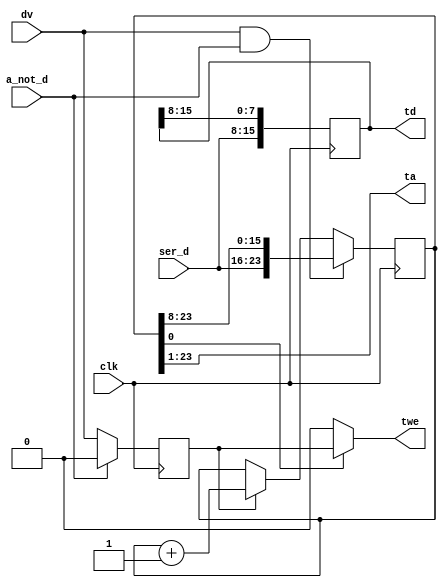
/*!
 * <b>Module:</b>table_ad_receive
 * @file table_ad_receive.v
 * @date 2015-06-18  
 * @author Andrey Filippov     
 *
 * @brief Receive tabble address/data sent by table_ad_transmit
 *
 * @copyright Copyright (c) 2015 Elphel, Inc.
 *
 * <b>License:</b>
 *
 * table_ad_receive.v is free software; you can redistribute it and/or modify
 * it under the terms of the GNU General Public License as published by
 * the Free Software Foundation, either version 3 of the License, or
 * (at your option) any later version.
 *
 *  table_ad_receive.v is distributed in the hope that it will be useful,
 * but WITHOUT ANY WARRANTY; without even the implied warranty of
 * MERCHANTABILITY or FITNESS FOR A PARTICULAR PURPOSE.  See the
 * GNU General Public License for more details.
 *
 * You should have received a copy of the GNU General Public License
 * along with this program.  If not, see <http://www.gnu.org/licenses/> .
 *
 * Additional permission under GNU GPL version 3 section 7:
 * If you modify this Program, or any covered work, by linking or combining it
 * with independent modules provided by the FPGA vendor only (this permission
 * does not extend to any 3-rd party modules, "soft cores" or macros) under
 * different license terms solely for the purpose of generating binary "bitstream"
 * files and/or simulating the code, the copyright holders of this Program give
 * you the right to distribute the covered work without those independent modules
 * as long as the source code for them is available from the FPGA vendor free of
 * charge, and there is no dependence on any encrypted modules for simulating of
 * the combined code. This permission applies to you if the distributed code
 * contains all the components and scripts required to completely simulate it
 * with at least one of the Free Software programs.
 */
`timescale 1ns/1ps
// Table address is BYTE address
module  table_ad_receive #(
    parameter MODE_16_BITS = 1,
    parameter NUM_CHN = 1
)(
    input                          clk,        // posedge mclk
    input                          a_not_d,    // receiving adderass / not data - valid during all bytes
    input                    [7:0] ser_d,      // byte-wide address/data
    input            [NUM_CHN-1:0] dv,         // data valid - active for each address or data bytes
    output     [23-MODE_16_BITS:0] ta,         // table address
    output [(MODE_16_BITS?15:7):0] td,         // 8/16 bit table data, LSB first
    output           [NUM_CHN-1:0] twe         // table write enable
);
    reg                  [23:0] addr_r;
    reg           [NUM_CHN-1:0] twe_r;
    reg [(MODE_16_BITS?15:7):0] td_r;
    
    assign td =  td_r;
    assign ta =  MODE_16_BITS ? addr_r[23:1] : addr_r[23:0];
//    assign twe = twe_r && (MODE_16_BITS ? addr_r[0]: 1'b1);
    assign twe = (MODE_16_BITS ? addr_r[0]: 1'b1)? twe_r : {NUM_CHN{1'b0}} ;
    
    always @(posedge clk) begin
//        twe_r <= en && !a_not_d;
        twe_r <= a_not_d ? 0 : dv;
        if ((|dv) && a_not_d)  addr_r[23:0] <= {ser_d,addr_r[23:8]};
        else if (|twe_r)       addr_r[23:0] <= addr_r[23:0] + 1;
    end
    generate
        if (MODE_16_BITS) always @ (posedge clk) td_r[15:0] <= {ser_d[7:0],td_r[15:8]}; //LSB received first
        else              always @ (posedge clk) td_r[ 7:0] <= ser_d[7:0];
    endgenerate

endmodule